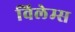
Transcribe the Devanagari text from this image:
विलेम्स